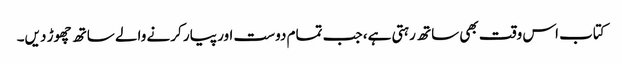
کتاب اس وقت بھی ساتھ رہتی ہے، جب تمام دوست اور پیار کرنے والے ساتھ چھوڑ دیں۔